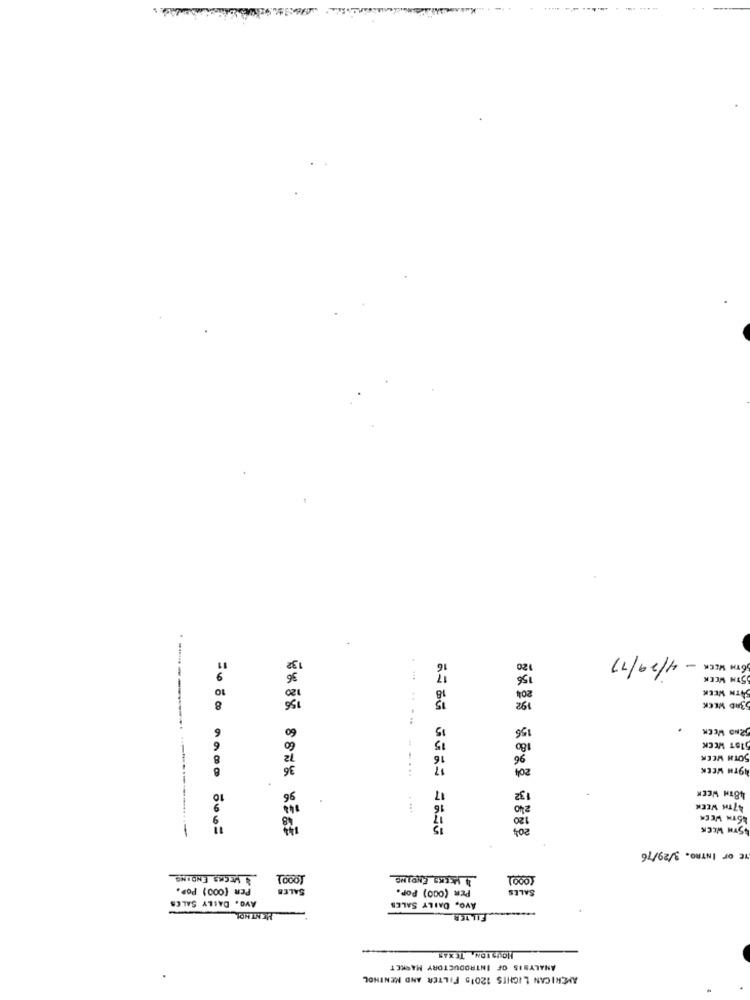
6TH WEEK - 4/29/77
5TH WEEK
SATH WEEK
53RD WEEK
156
2ND WEEK
1ST WEEK
SOTH WEEK
36
204
49TH WEEK
48TH WEEK
10
96
132
47TH WEEK
48
45TH WEEK
204
45TH WEEK
==== ==== ====
OF INTRO. 3/29/76
MECKS ENDING
4 PACKS ENDING
1000)
PER (000) POP.
SALES
PER (000) POP.
SALES
Avo, DAILY SALES
Avo, DAILY SALES
MENTHOL
HOUSTON, TEXAS
ANALYSIS OF INTRODUCTORY MARKET
AMERICAN LIGHTS 12015 FILTER AND NENTHOL
.